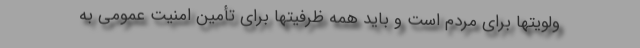
ولویتها برای مردم است و باید همه ظرفیتها برای تأمین امنیت عمومی به